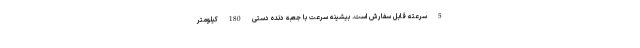
5 سرعته قابل سفارش است. بیشینه سرعت با جعبه دنده دستی 180 کیلومتر